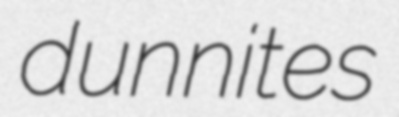
dunnites